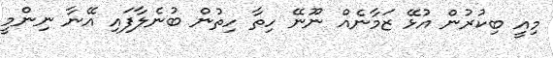
މިއީ ބިކުރުން އުޅޭ ޒަމާނެއް ނޫނޭ ހިތާ ހިތުން ބުނެލާފައި އޭނާ ނިންމީ